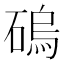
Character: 䃖